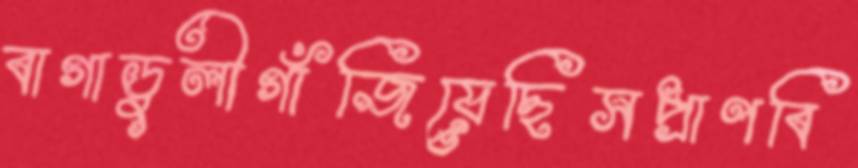
বাগাডুলীগাঁজিয়েছিসপ্রাণবি